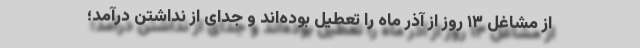
از مشاغل ١۳ روز از آذر ماه را تعطیل بوده‌اند و جدای از نداشتن درآمد؛